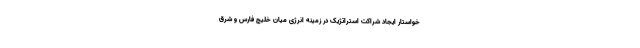
خواستار ایجاد شراکت استراتژیک در زمینه انرژی میان خلیج فارس و شرق